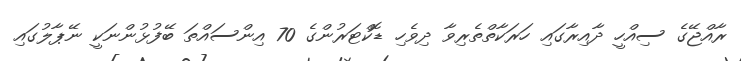
ރާއްޖޭގެ ސިއްހީ ދާއިރާގައި ހަރަކާތްތެރިވާ ދިވެހި ޑޮކްޓަރުންގެ 70 އިންސައްތަ ބޭފުޅުންނަކީ ނޭޕާލުގައި